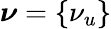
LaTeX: \boldsymbol{\nu}=\{ \nu_{u}\}